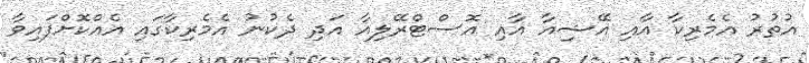
އުތުރު އެމެރިކާ އާއި އޭޝިއާ އާއި އޮސްޓްރޭލިއާ އަދި ދެކުނު އެމެރިކާގައި އެއްކޮށްފައިވާ